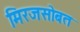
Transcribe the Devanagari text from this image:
मिरजसोबत